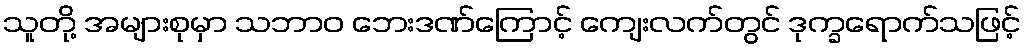
သူတို့ အများစုမှာ သဘာဝ ဘေးဒဏ်ကြောင့် ကျေးလက်တွင် ဒုက္ခရောက်သဖြင့်